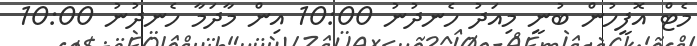
މެޓް އޮފީހުން ބުނީ މިއަދު ހެނދުނުު 10:00 އިން މާދަމާ ހެނދުނު 10:00